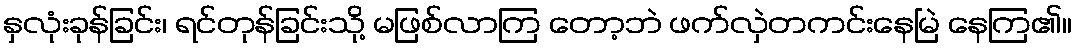
နှလုံးခုန်ခြင်း၊ ရင်တုန်ခြင်းသို့ မဖြစ်လာကြ တော့ဘဲ ဖက်လှဲတကင်းနေမြဲ နေကြ၏။